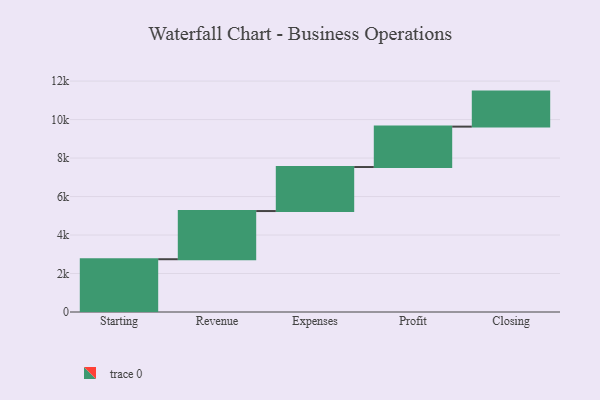
{"axis": {"x": "Step", "y": "Value"}, "legend": [""], "data": [{"x": "Starting", "y": 2743.0, "type": ""}, {"x": "Revenue", "y": 2504.0, "type": ""}, {"x": "Expenses", "y": 2287.0, "type": ""}, {"x": "Profit", "y": 2100.0, "type": ""}, {"x": "Closing", "y": 1820.0, "type": ""}]}